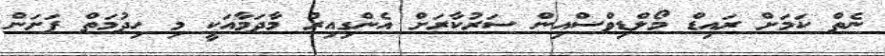
ނެތް ކަމަށް ރައިޑް މޯލްޑިވްސްއިން ސަރުކާރަށް އެންގިއިރު މާދަމާއަކީ މި ހިދުމަތް ފަށަން